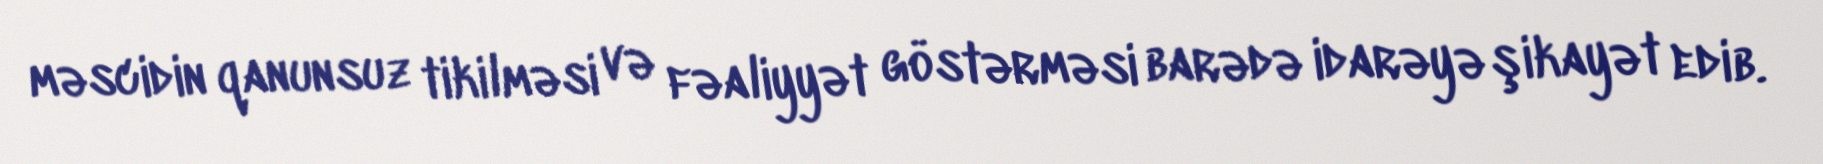
məscidin qanunsuz tikilməsi və fəaliyyət göstərməsi barədə idarəyə şikayət edib.